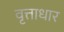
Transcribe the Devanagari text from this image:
वृत्ताधार